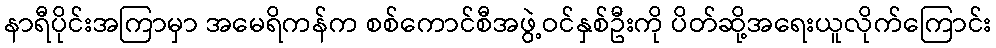
နာရီပိုင်းအကြာမှာ အမေရိကန်က စစ်ကောင်စီအဖွဲ့ဝင်နှစ်ဦးကို ပိတ်ဆို့အရေးယူလိုက်ကြောင်း